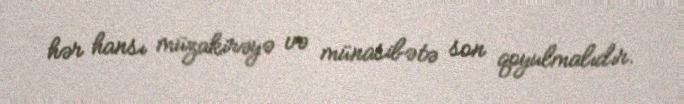
hər hansı müzakirəyə və münasibətə son qoyulmalıdır.